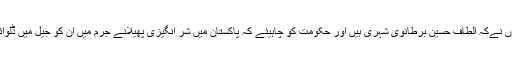
انہوں نےکہ الطاف حسین برطانوی شہری ہیں اور حکومت کو چاہیئے کہ پاکستان میں شر انگیزی پھیلانے جرم میں ان کو جیل میں ڈلوائے۔